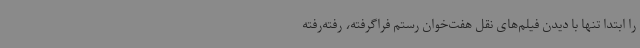
را ابتدا تنها با دیدن فیلم‌های نقل هفت‌خوان رستم فراگرفته، رفته‌رفته